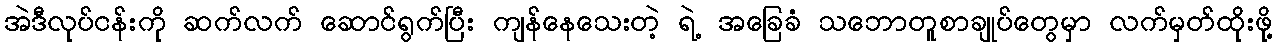
အဲဒီလုပ်ငန်းကို ဆက်လက် ဆောင်ရွက်ပြီး ကျန်နေသေးတဲ့ ရဲ့ အခြေခံ သဘောတူစာချုပ်တွေမှာ လက်မှတ်ထိုးဖို့